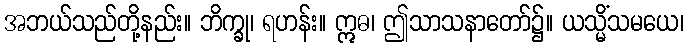
အဘယ်သည်တို့နည်း။ ဘိက္ခု၊ ရဟန်း။ ဣဓ၊ ဤသာသနာတော်၌။ ယသ္မိံသမယေ၊